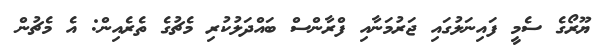
ޔޫރޯގެ ސެމީ ފައިނަލުގައި ޖަރުމަނާއި ފްރާންސް ބައްދަލުކުރި މެޗުގެ ތެރެއިން: އެ މެޗުން